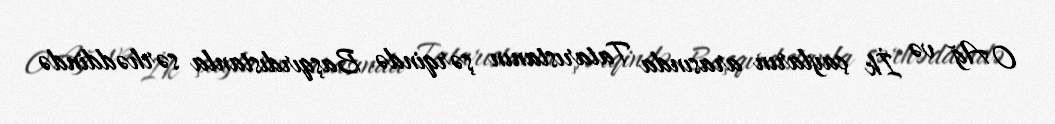
O Ağ və İk çayların arasında Tatarıstanın şərqində Başqırdıstanla sərhəddində